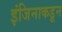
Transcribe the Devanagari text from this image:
इंजिनाकडून